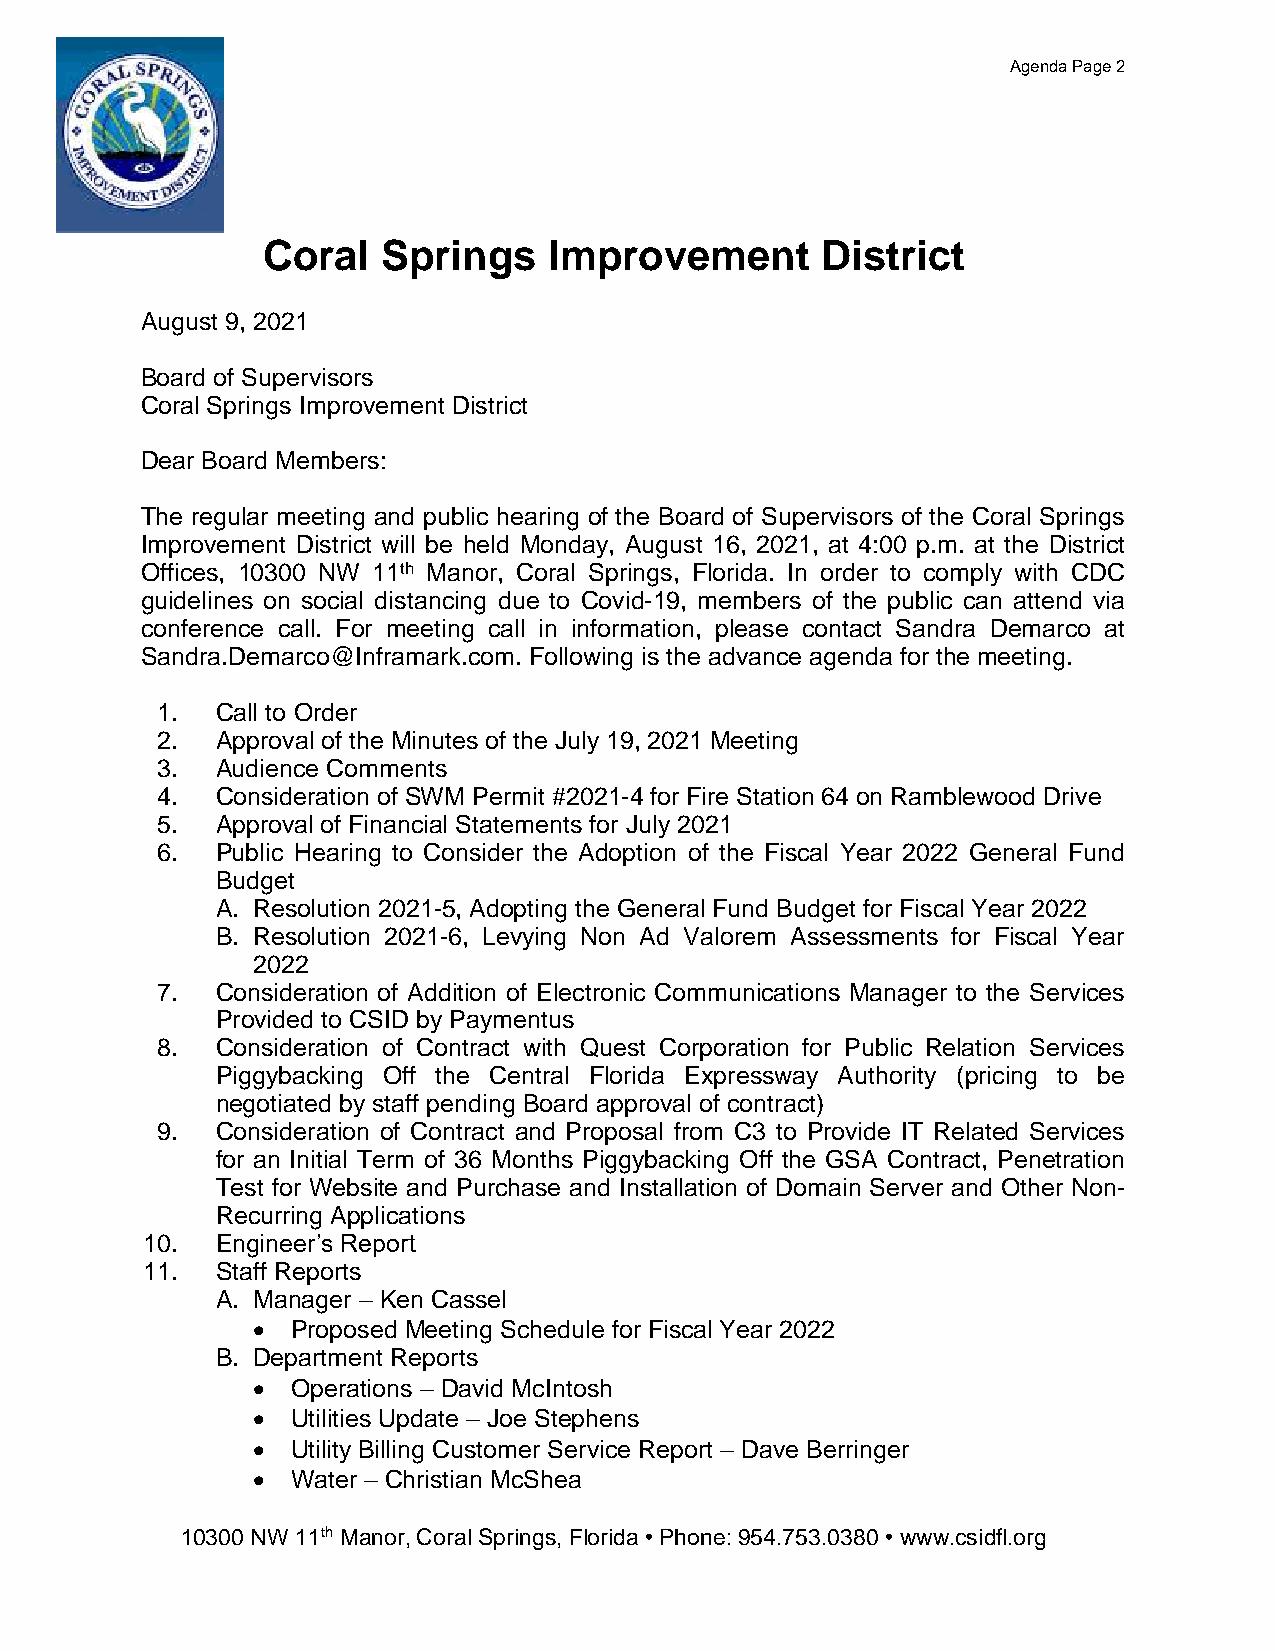
Agenda Page 2
 Coral   Springs    Improvement       District
 August 9, 2021
 Board of Supervisors
 Coral Springs Improvement District
 Dear Board Members:
 The regular meeting and public hearing of the Board of Supervisors of the Coral Springs
 Improvement District will be held Monday, August 16, 2021, at 4:00 p.m. at the District
 Offices, 10300 NW 11th Manor, Coral Springs, Florida. In order to comply with CDC
 guidelines on social distancing due to Covid-19, members of the public can attend via
 conference call. For meeting call in information, please contact Sandra Demarco at
 Sandra.Demarco@Inframark.com. Following is the advance agenda for the meeting.
 1.  Call to Order
 2.  Approval of the Minutes of the July 19, 2021 Meeting
 3.  Audience Comments
 4.  Consideration of SWM Permit #2021-4 for Fire Station 64 on Ramblewood Drive
 5.  Approval of Financial Statements for July 2021
 6.  Public Hearing to Consider the Adoption of the Fiscal Year 2022 General Fund
 Budget
 A. Resolution 2021-5, Adopting the General Fund Budget for Fiscal Year 2022
 B. Resolution 2021-6, Levying Non Ad Valorem Assessments for Fiscal Year
 2022
 7.  Consideration of Addition of Electronic Communications Manager to the Services
 Provided to CSID by Paymentus
 8.  Consideration of Contract with Quest Corporation for Public Relation Services
 Piggybacking Off the Central Florida Expressway Authority (pricing to be
 negotiated by staff pending Board approval of contract)
 9.  Consideration of Contract and Proposal from C3 to Provide IT Related Services
 for an Initial Term of 36 Months Piggybacking Off the GSA Contract, Penetration
 Test for Website and Purchase and Installation of Domain Server and Other Non-
 Recurring Applications
 10.  Engineer’s Report
 11.  Staff Reports
 A. Manager – Ken Cassel
 • Proposed Meeting Schedule for Fiscal Year 2022
 B. Department Reports
 • Operations – David McIntosh
 • Utilities Update – Joe Stephens
 • Utility Billing Customer Service Report – Dave Berringer
 • Water – Christian McShea
 10300 NW 11th Manor, Coral Springs, Florida • Phone: 954.753.0380 • www.csidfl.org